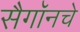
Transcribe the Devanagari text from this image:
सैगॉनचे